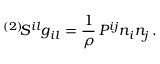
^ { ( 2 ) } \! { \cal S } ^ { i l } g _ { i l } = \frac 1 \rho \, P ^ { i j } n _ { i } n _ { j } \, .